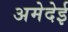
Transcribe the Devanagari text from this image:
अमेदेई